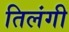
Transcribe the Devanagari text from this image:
तिलंगी